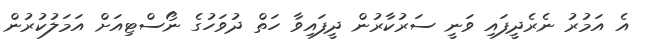
އެ އަމުރު ނެރެދީފައި ވަނީ ސަރުކާރުން ދީފައިވާ ހަތް ދުވަހުގެ ނޯސްޓިއަށް އަމަލުކުރުން